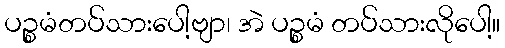
ပဉ္စမံတပ်သားပေါ့ဗျာ၊ အဲ ပဉ္စမံ တပ်သားလိုပေါ့။